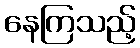
နေကြသည့်